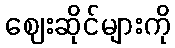
ဈေးဆိုင်များကို